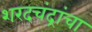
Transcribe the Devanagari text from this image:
शरदचंद्रांचा